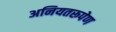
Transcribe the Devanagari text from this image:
अनियतरूपेण